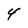
Character: 4